Report on vaccination in the Province of Bengal - 1869-1873
Year: 1869
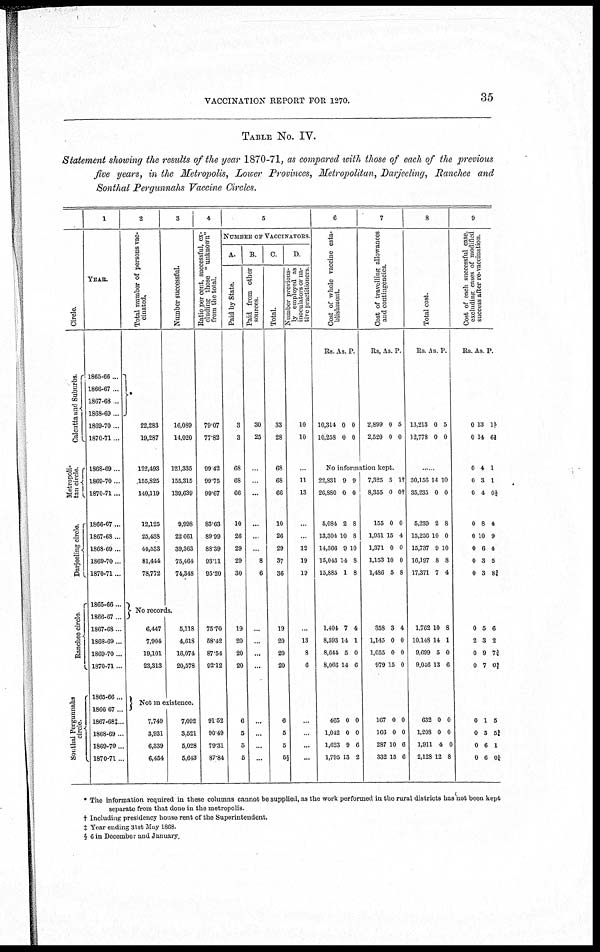
VACCINATION REPORT FOR 1270.
35
TABLE NO. IV.
Statement showing the results of the year 1870-71, as compared with those of each of the previous
five years, in the Metropolis, Lower Provinces, Metropolitan, Darjeeling, Ranchee and
Sonthal Pergunnahs Vaccine Circles.
Circle.
Cal cut t
a and Suburbs.
Metropoli-
tan circle.
Darjeeling circle.
Ranchee circle
Sonthal Pergunnahs
circle.
1
YEAR.
1865-66...
1866-67 ...
1867-68 ...
1868-69 ...
1869-70 ..
1870-71 ..
1868-69...
1869-70 ...
1870-71...
1866-67...
1867-68 ...
1868-69...
1869-70...
1870-71 ...
1865-66 ...
1866-67 ...
1867-68 ...
1868-69...
1869-70...
1870-71...
1865-66...
1866 67...
1867-68‡ ..
1868-69 ..
1869-70 ..
1870-71...
2
Total number of persons vac-
cinated.
*
22,283
19,287
122,493
155,825
140,119
12,125
25,438
44,533
81,444
78,772
3
Number successful.
16,089
14,020
121,335
155,315
139,639
9,998
22,661
39,363
75,464
74,348
No records.
6,447
7,904
19,101
23,313
5,118
4,618
16,074
20,578
Not in existence.
7,749
3,931
6,339
6,454
7,092
3,521
5,028
5,643
4
Ratio per cent, successful, ex-
cluding those "unknown"
from the total.
79.07
77.83
99.42
99.75
99.67
83.63
89.99
88.39
93.11
95.20
75.70
58.42
87.54
92.12
91.52
90.49
79.31
87.84
5
NUMBER OF VACCINATORS
A.
Paid by State.
3
3
68
68
66
10
26
29
29
30
19
20
20
20
6
5
5
5
B
Paid from other
sources.
30
25
...
...
...
...
...
...
8
6
...
...
...
...
...
...
...
...
C.
Total.
33
28
68
68
66
10
26
29
37
36
19
20
20
20
6
5
5
5§
D.
Number previous-
ly employed as
inoculators or na-
tive practitioners
10
10
...
11
13
...
...
12
19
19
...
13
8
6
...
...
...
...
6
Cost of whole vaccine esta-
blishment.
Rs.. As. P.
10,314
10,258
0
0
0
0
7
Cost of travelling allowances
and contingencies.
Rs. As. P.
2,899
2,520
0
0
5
0
No information kept.
22,831
26,880
5,084
13,304
14,366
15,043
15,885
9
0
2
10
9
14
1
9
0
8
8
10
8
8
1,404
8,593
8,644
8,066
7
14
5
14
4
1
0
6
465
1,042
1,623
1,795
0
0
9
13
0
0
6
2
7,325
8,355
155
1,951
1,371
1,153
1,486
5
0
0
15
0
10
5
1†
0†
0
4
0
0
8
358
1,145
1,055
979
3
0
0
15
4
0
0
0
167
166
287
332
0
0
10
15
0
0
6
6
8
Total cost.
Rs. As. P.
13,213
12,778
0
0
5
0
....
30,156
35,235
5,239
15,256
15,737
16,197
17,371
14
0
2
10
9
8
7
10
0
8
0
10
8
4
1,762
10,148
9,699
9,046
10
14
5
13
8
1
0
6
632
1,208
1,911
2,128
0
0
4
12
0
0
0
8
9
Cost of each successful case,
excluding cases of modified
success after re-vaccination.
Rs. As. P.
0
0
0
0
0
0
0
0
0
0
13
14
4
3
4
8
10
6
3
3
1½
6¾
1
1
0¼
4
9
4
5
8¾
0
2
0
0
5
3
9
7
6
2
7¾
02/5
0
0
0
0
1
5
6
6
5
5¾
1
0¼
* The information required in these columns cannot be supplied, as the work performed in the rural districts has not been kept
separate from that done in the metropolis.
† Including presidency house rent of the Superintendent.
‡ Year ending 31st May 1868
§ 6 in December and January.